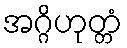
အဂ္ဂိဟုတ္တံ